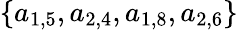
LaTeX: \{ a_{1,5},a_{2,4},a_{1,8},a_{2,6}\}